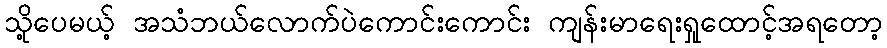
သို့ပေမယ့် အသံဘယ်လောက်ပဲကောင်းကောင်း ကျန်းမာရေးရှုထောင့်အရတော့